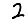
Digit: 2